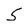
Character: 5